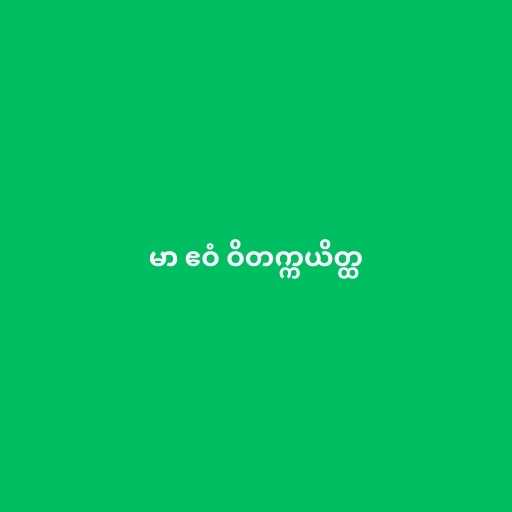
မာ ဧဝံ ဝိတက္ကယိတ္ထ